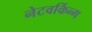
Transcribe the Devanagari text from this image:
नेटवर्किन्ग